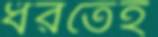
ধরতেই